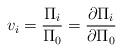
LaTeX: \begin{align*}v_i=\frac{\Pi_i}{\Pi_0}=\frac{\partial{\Pi_i}}{\partial{\Pi_0}}\end{align*}